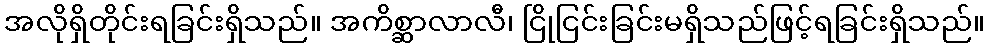
အလိုရှိတိုင်းရခြင်းရှိသည်။ အကိစ္ဆာလာလီ၊ ငြိုငြင်းခြင်းမရှိသည်ဖြင့်ရခြင်းရှိသည်။